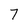
Character: 7